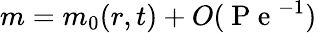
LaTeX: m=m_{0}(r,t)+O(\mathrm{~P~e~}^{-1})